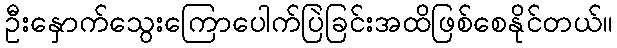
ဦးနှောက်သွေးကြောပေါက်ပြဲခြင်းအထိဖြစ်စေနိုင်တယ်။